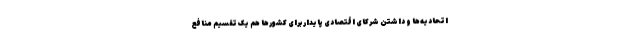
اتحادیه‌ها و داشتن شرکای اقتصادی پایدار برای کشورها هم یک تقسیم منافع